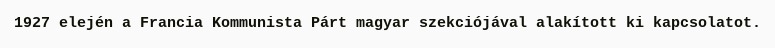
1927 elején a Francia Kommunista Párt magyar szekciójával alakított ki kapcsolatot.